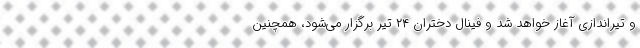
و تیراندازی آغاز خواهد شد و فینال دختران ۲۴ تیر برگزار می‌شود، همچنین